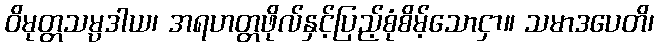
ဝိမုတ္တသမ္ပဒါယ၊ အရဟတ္တဖိုလ်နှင့်ပြည့်စုံစိမ့်သောငှာ။ သမာဒပေတိ၊